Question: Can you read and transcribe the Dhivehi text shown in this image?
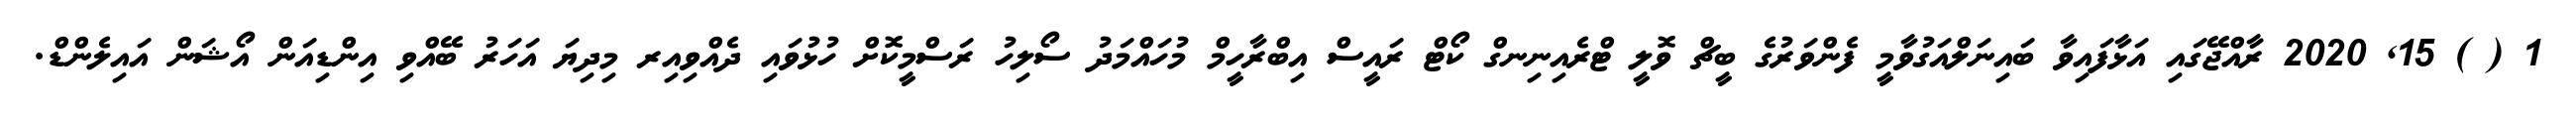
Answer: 1 ( ) 15, 2020 ރާއްޖޭގައި އަޅާފައިވާ ބައިނަލްއަގުވާމީ ފެންވަރުގެ ބީޗް ވޮލީ ޓްރެއިނިނގް ކޯޓް ރައީސް އިބްރާހީމް މުހައްމަދު ސޯލިހު ރަސްމީކޮށް ހުޅުވައި ދެއްވިއިރ މިދިޔަ އަހަރު ބޭއްވި އިންޑިއަން އޯޝަން އައިލެންޑް.